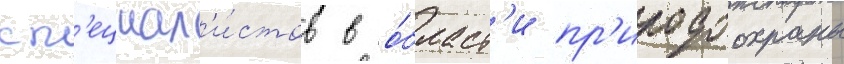
сп'ециал'и́стов в о́бласт'и пр'иродоохраны